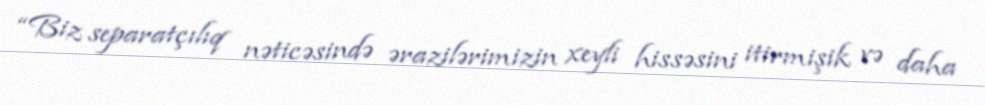
“Biz separatçılıq nəticəsində ərazilərimizin xeyli hissəsini itirmişik və daha